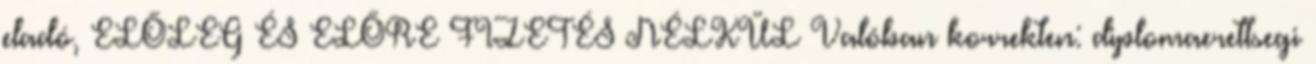
eladó, ELŐLEG ÉS ELŐRE FIZETÉS NÉLKÜL Valóban korrekten: diplomaerettsegi